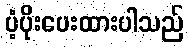
ပံ့ပိုးပေးထားပါသည်